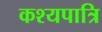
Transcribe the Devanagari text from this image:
कश्यपात्रि